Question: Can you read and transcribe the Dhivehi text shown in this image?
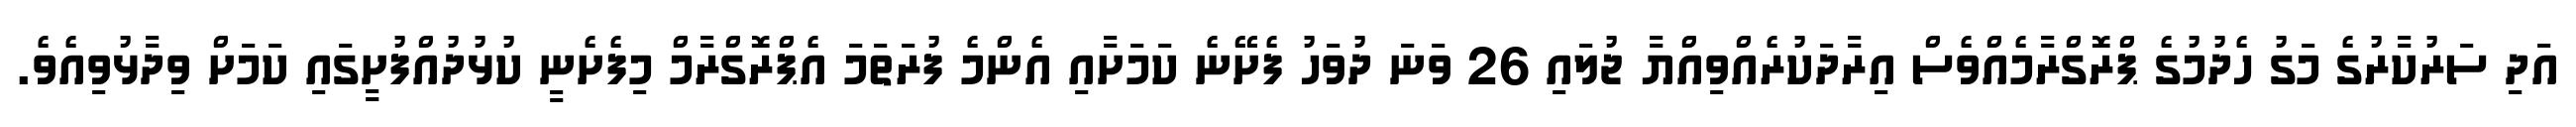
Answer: އަދި ސަރުކާރުގެ މަގު ހެދުމުގެ ޕްރޮގްރާމެއްވެސް އިރާދަކުރެއްވިއްޔާ ޖުލައި 26 ވަނަ ދުވަހު ފެށޭނެ ކަމަށާއި އެންމެ ފުރަތަމަ އެޕްރޮގްރާމް މިފެށެނީ ކުޅުދުއްފުށީގައި ކަމަށް ވިދާޅުވިއެވެ.